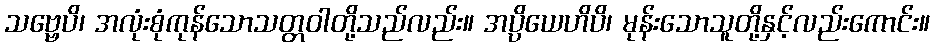
သဗ္ဗေပိ၊ အလုံးစုံကုန်သောသတ္တဝါတို့သည်လည်း။ အပ္ပိယေဟိပိ၊ မုန်းသောသူတို့နှင့်လည်းကောင်း။